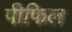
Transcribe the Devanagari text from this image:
पीफिल